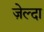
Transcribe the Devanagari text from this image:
ज़ेल्दा